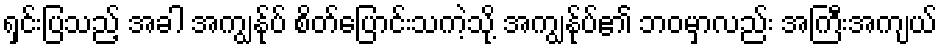
ရှင်းပြသည့် အခါ အကျွန်ုပ် စိတ်ပြောင်းသကဲ့သို့ အကျွန်ုပ်၏ ဘဝမှာလည်း အကြီးအကျယ်